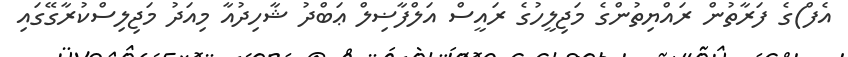
އެފް)ގެ ފަރާތުން ރައްޔިތުންގެ މަޖިލީހުގެ ރައީސް އަލްފާޟިލް ޢަބްދު ޝާހިދުއާ މިއަދު މަޖިލިސްކުރާގޭގައި